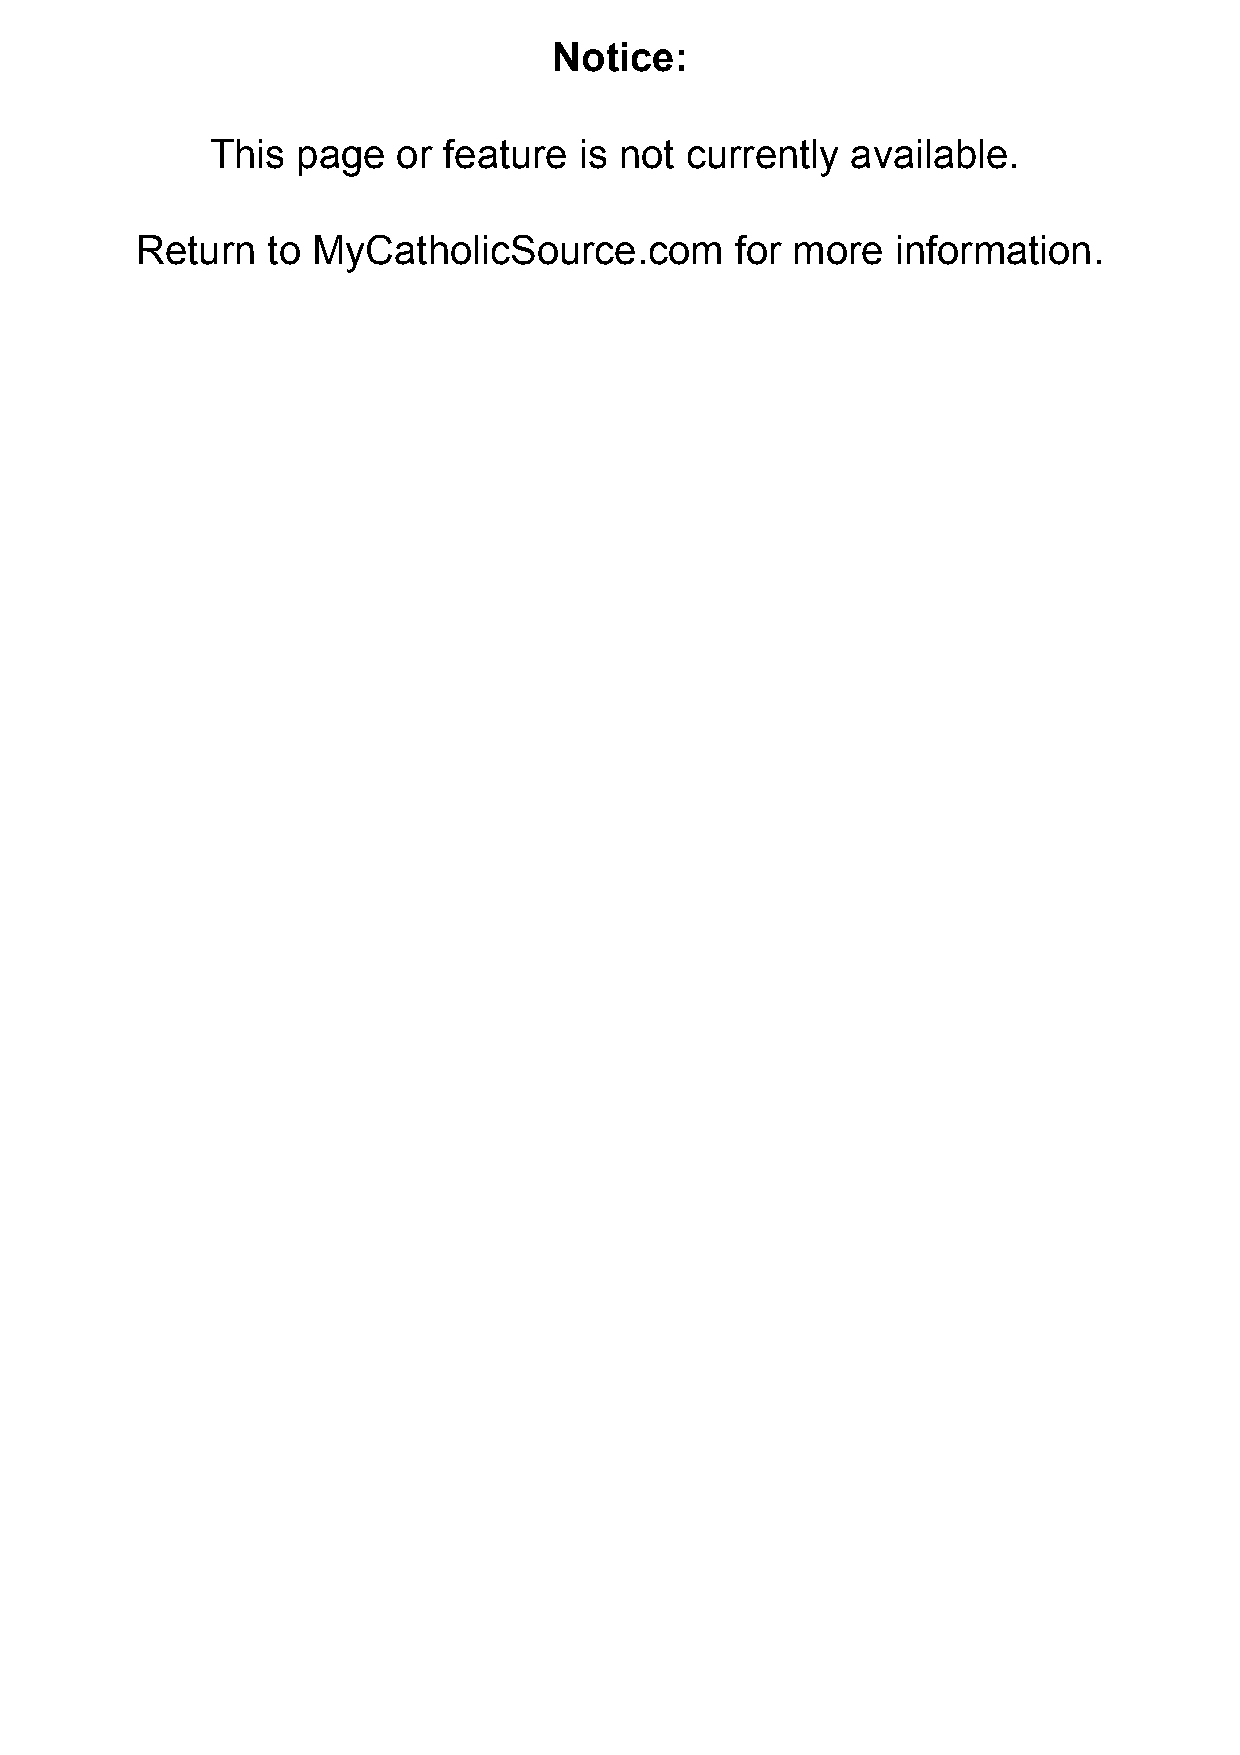
Notice:
 This  page  or feature  is not currently  available.
 Return   to MyCatholicSource.com        for more  information.